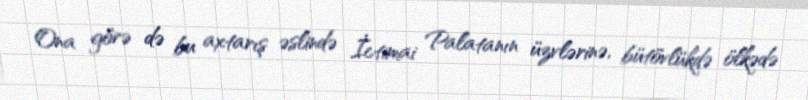
Ona görə də bu axtarış əslində İctimai Palatanın üzvlərinə, bütövlükdə ölkədə